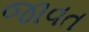
જાવત